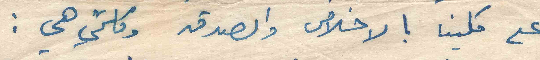
على كلينا بالاخلاص والصدق وكلمتي هي :